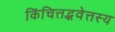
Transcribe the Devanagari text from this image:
किंचित्तद्भवेत्तस्य